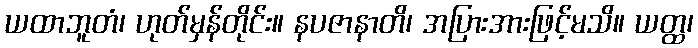
ယထာဘူတံ၊ ဟုတ်မှန်တိုင်း။ နပဇာနာတိ၊ အပြားအားဖြင့်မသိ။ ယတ္ထ၊